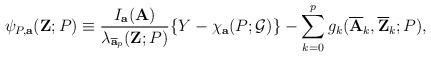
LaTeX: \begin{align*} \psi_{P,\mathbf{a}}(\mathbf{Z};P)\equiv \frac{I_{\mathbf{a}}(\mathbf{A})}{\lambda_{\overline{\mathbf{a}}_{p}}(\mathbf{Z};P)} \lbrace Y - \chi_{\mathbf{a}}(P;\mathcal{G})\rbrace - \sum\limits_{k=0}^{p} g_{k}(\overline{\mathbf{A}}_{k}, \overline{\mathbf{Z}}_{k};P), \end{align*}